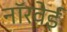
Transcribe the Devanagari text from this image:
नॉरवेई